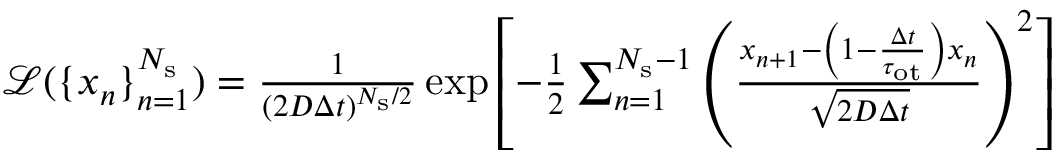
\begin{array} { r } { \mathcal { L } ( \{ x _ { n } \} _ { n = 1 } ^ { N _ { \mathrm { s } } } ) = \frac { 1 } { \left( 2 D \Delta t \right) ^ { N _ { \mathrm { s } } / 2 } } \exp \left[ - \frac { 1 } { 2 } \sum _ { n = 1 } ^ { N _ { \mathrm { s } } - 1 } \left( \frac { x _ { n + 1 } - \left( 1 - \frac { \Delta t } { \tau _ { \mathrm { o t } } } \right) x _ { n } } { \sqrt { 2 D \Delta t } } \right) ^ { 2 } \right] } \end{array}